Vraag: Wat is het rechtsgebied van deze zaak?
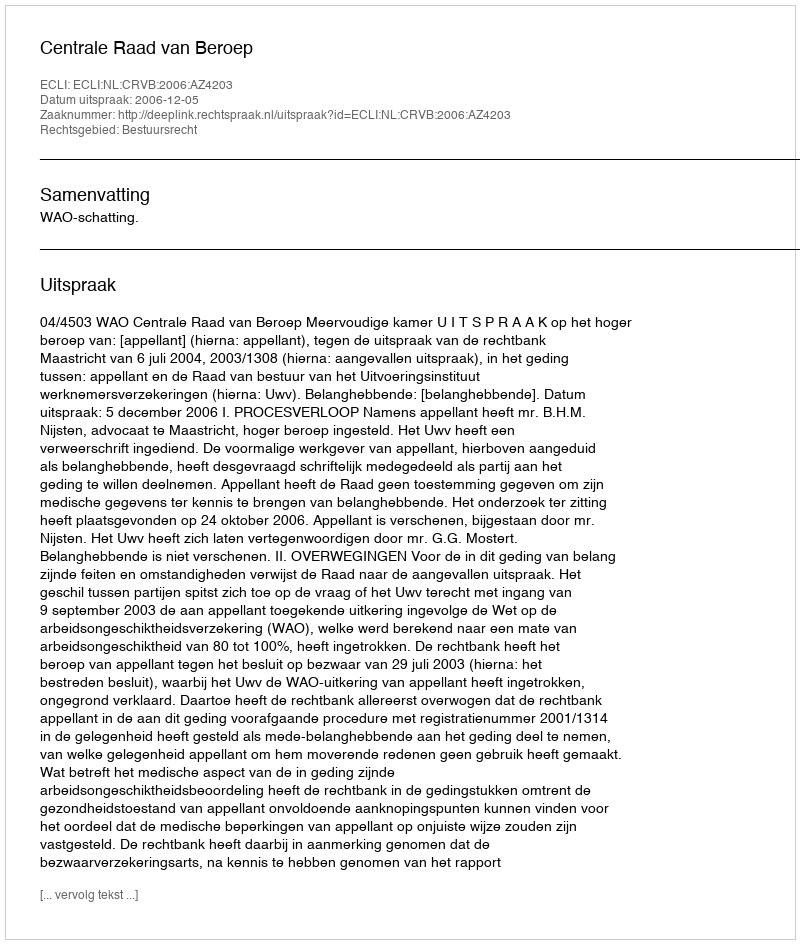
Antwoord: Bestuursrecht